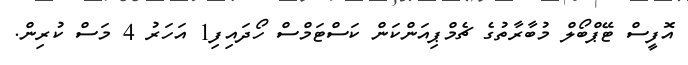
އޮފީސް ޓޭޕްބޯލް މުބާރާތުގެ ޗެމްޕިއަންކަން ކަސްޓަމްސް ހޯދައިފި1 އަހަރު 4 މަސް ކުރިން.